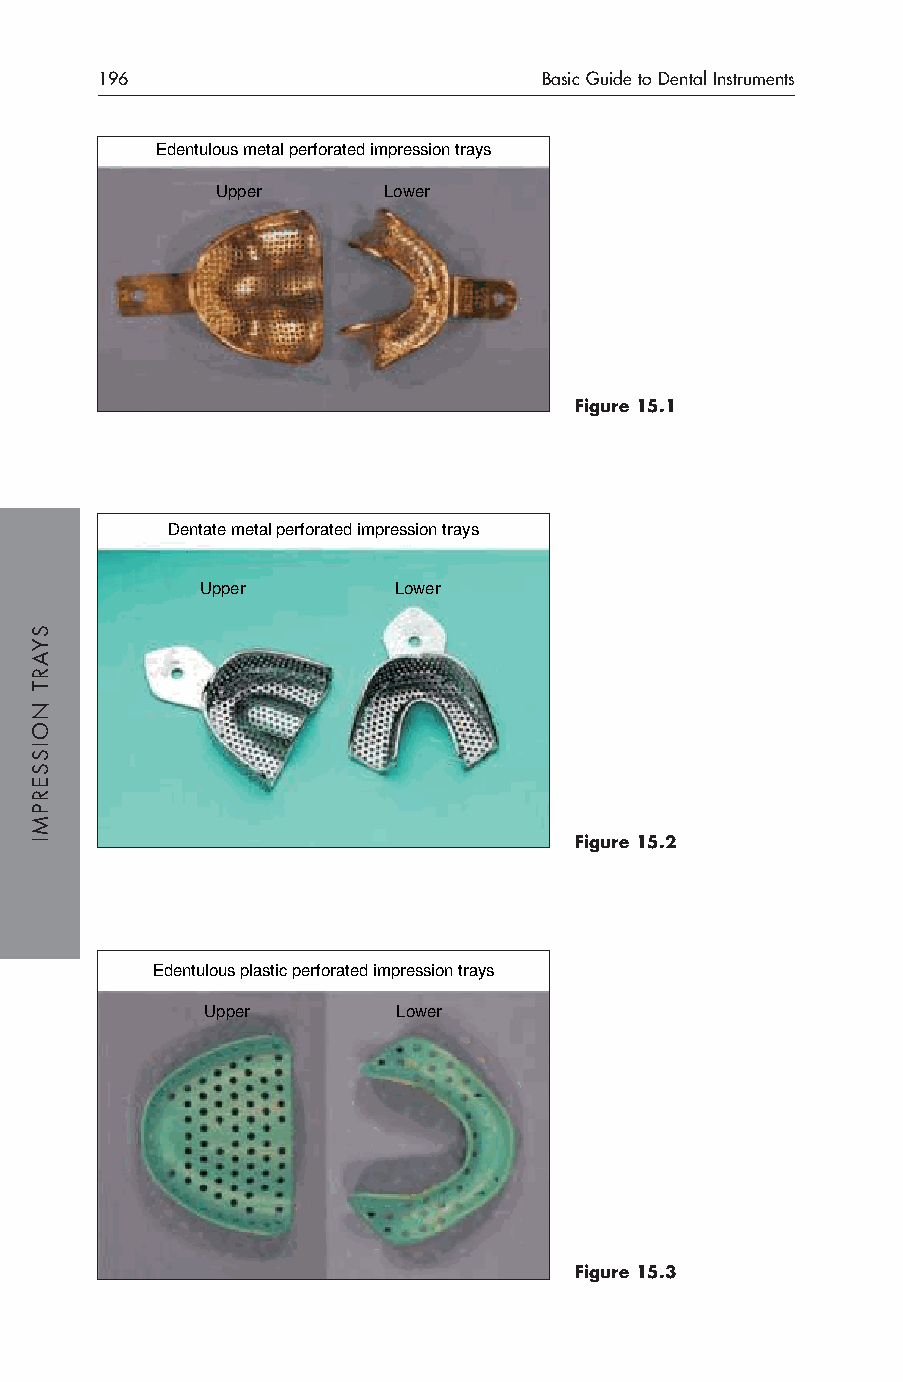
196                           Basic Guide to Dental Instruments
 Edentulous metal perforated impression trays
 Upper      Lower
 Figure 15.1
 Dentate metal perforated impression trays
 Upper        Lower
 Figure 15.2
 Edentulous plastic perforated impression trays
 Upper       Lower
 Figure 15.3
 SYART
 NOISSERPMI